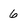
Character: 6